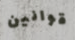
قوانين